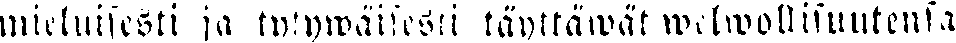
mieluisesti ja tytywäisesii täyttäwät welwollisuutensa